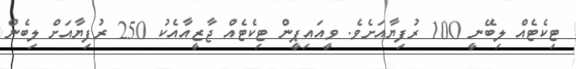
ޓިކެޓެއް ލިބޭނީ 100 ރުފިޔާއަށެވެ. ވީއައިޕީން ޓިކެޓެއް ޖާޒީއާއެކު 250 ރުފިޔާއަށް ލިބެން